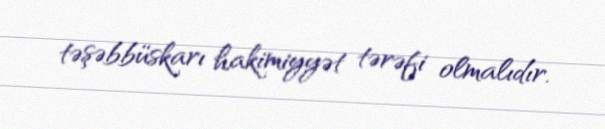
təşəbbüskarı hakimiyyət tərəfi olmalıdır.